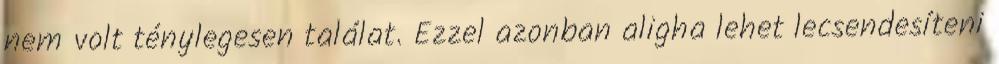
nem volt ténylegesen találat. Ezzel azonban aligha lehet lecsendesíteni